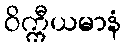
ဝိက္ကီယမာနံ